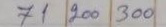
71 200 300